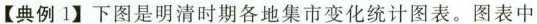
【典例1】下图是明清时期各地集市变化统计图表。图表中